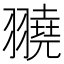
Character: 𦒒